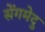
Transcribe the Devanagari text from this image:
सेंगमेदु